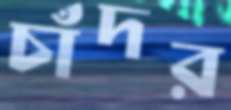
চাঁদর